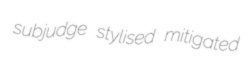
subjudge stylised mitigated